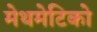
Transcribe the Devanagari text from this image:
मेथमेटिको